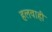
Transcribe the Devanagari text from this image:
हलवाही